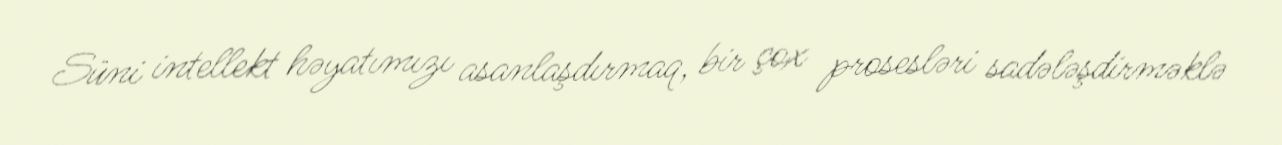
Süni intellekt həyatımızı asanlaşdırmaq, bir çox prosesləri sadələşdirməklə